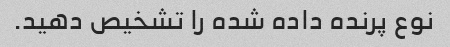
نوع پرنده داده شده را تشخیص دهید.